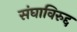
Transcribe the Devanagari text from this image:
संघाविरुद्द